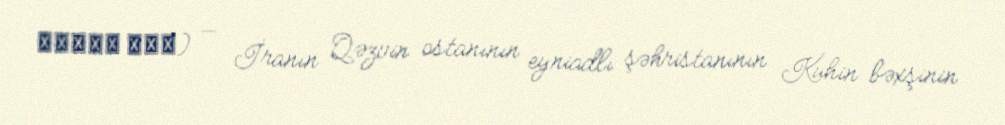
اسياب برگ) — İranın Qəzvin ostanının eyniadlı şəhristanının Kuhin bəxşinin